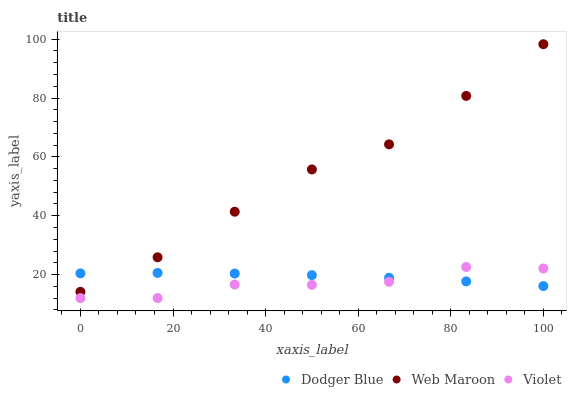
| xaxis_label | Dodger Blue | Web Maroon | Violet |
 | --- | --- | --- | --- |
 | 0 | 20.4 | 14.1 | 12 |
 | 16.7 | 20.5 | 25.9 | 12 |
 | 33.3 | 20.3 | 41.4 | 16.6 |
 | 50 | 19.8 | 55.7 | 16.5 |
 | 66.7 | 18.9 | 64.3 | 17.5 |
 | 83.3 | 17.7 | 80.7 | 22.6 |
 | 100 | 16.1 | 98.3 | 22.1 |